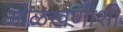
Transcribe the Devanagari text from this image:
ओळखणीशी